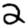
Digit: 2